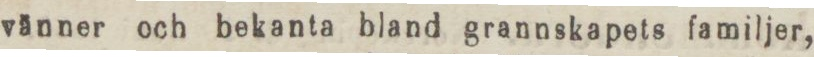
vänner och bekanta bland grannskapets familjer,